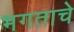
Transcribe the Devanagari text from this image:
भगताचे